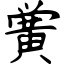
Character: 黉